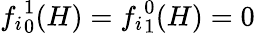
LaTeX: {f_{i}}_{0}^{1}(H)={f_{i}}_{1}^{0}(H)=0